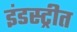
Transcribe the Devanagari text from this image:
इंडस्ट्रीत